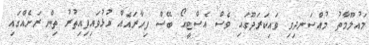
މައުލޫމާތު މުއްސަނދިވި ވައިކަރަދޫގައި ވެސް އެސްޓީއޯ ބޭސް ފިހާރައެއް ހުޅުވައިފިއިތުރު ތިން ރަށެއްގައި